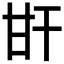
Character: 𤮽